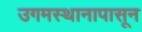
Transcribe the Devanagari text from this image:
उगमस्थानापासून